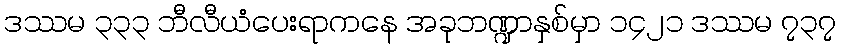
ဒဿမ ၃၃၃ ဘီလီယံပေးရာကနေ အခုဘဏ္ဍာနှစ်မှာ ၁၄၂၁ ဒဿမ ၇၃၇